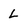
Character: L